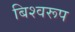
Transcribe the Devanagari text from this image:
बिश्वरूप